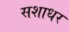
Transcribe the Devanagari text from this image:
सशाधर